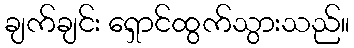
ချက်ချင်း ရှောင်ထွက်သွားသည်။